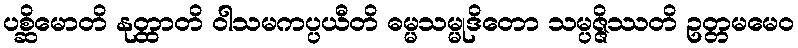
ပစ္ဆိမောတိ နုတ္ထာတိ ဝါသမကပ္ပယီတိ ဓမ္မသမ္မုဒိတော သမ္ပဇ္ဇိဿတိ ဥတ္တမမေဝ